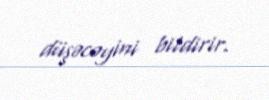
düşəcəyini bildirir.